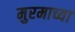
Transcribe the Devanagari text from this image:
मुरमाच्या